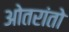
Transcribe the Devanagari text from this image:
ओतरांतो